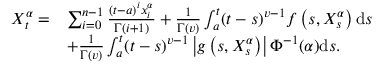
\begin{array} { r l } { X _ { t } ^ { \alpha } = } & { \sum _ { i = 0 } ^ { n - 1 } \frac { ( t - a ) ^ { i } x _ { i } ^ { \alpha } } { \Gamma ( i + 1 ) } + \frac { 1 } { \Gamma ( v ) } \int _ { a } ^ { t } ( t - s ) ^ { v - 1 } f \left( s , X _ { s } ^ { \alpha } \right) \mathrm { d } s } \\ & { + \frac { 1 } { \Gamma ( v ) } \int _ { a } ^ { t } ( t - s ) ^ { v - 1 } \left| g \left( s , X _ { s } ^ { \alpha } \right) \right| \Phi ^ { - 1 } ( \alpha ) \mathrm { d } s . } \end{array}